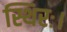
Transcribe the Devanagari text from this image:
स्थिरः।